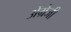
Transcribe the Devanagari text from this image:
अेंग्रेजी